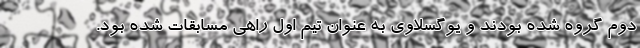
دوم گروه شده بودند و یوگسلاوی به عنوان تیم اول راهی مسابقات شده بود.